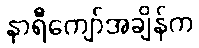
နာရီကျော်အချိန်က